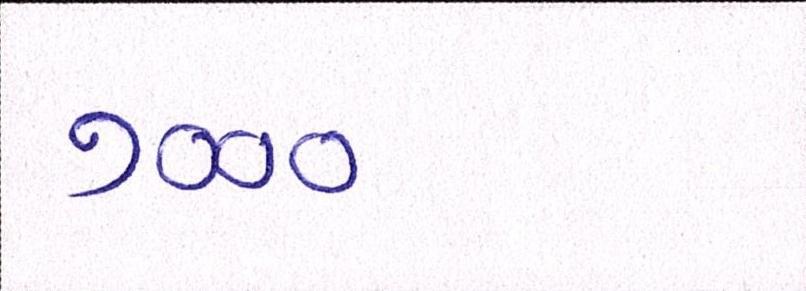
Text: ૭૦૦૦